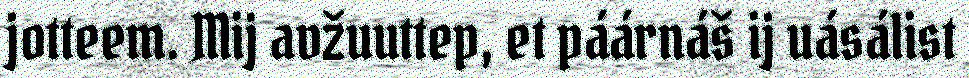
jotteem. Mij avžuuttep, et páárnáš ij uásálist